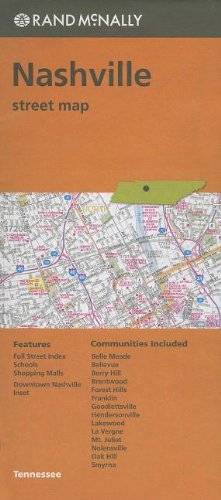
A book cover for Folded Map Nashville TN Street; Rand McNally; Travel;